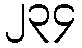
၂၃၄